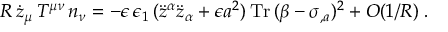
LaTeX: R \, \dot { z } _ { \mu } \, T ^ { \mu \nu } \, n _ { \nu } = - \epsilon \, \epsilon _ { 1 } \, ( \ddot { z } ^ { \alpha } \ddot { z } _ { \alpha } + \epsilon a ^ { 2 } ) \, \mathrm { T r } \, ( \beta - \sigma _ { , a } ) ^ { 2 } + O ( 1 / R ) \; .